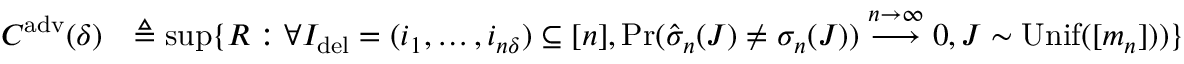
\begin{array} { r l } { C ^ { \mathrm { a d v } } ( \delta ) } & { \triangleq \operatorname* { s u p } \{ R : \forall I _ { \mathrm { d e l } } = ( i _ { 1 } , \dots , i _ { n \delta } ) \subseteq [ n ] , \operatorname* { P r } ( \hat { \sigma } _ { n } ( J ) \neq \sigma _ { n } ( J ) ) \overset { n \to \infty } { \longrightarrow } 0 , J \sim \mathrm { U n i f } ( [ m _ { n } ] ) ) \} } \end{array}